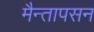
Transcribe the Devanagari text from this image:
मैन्तापसन